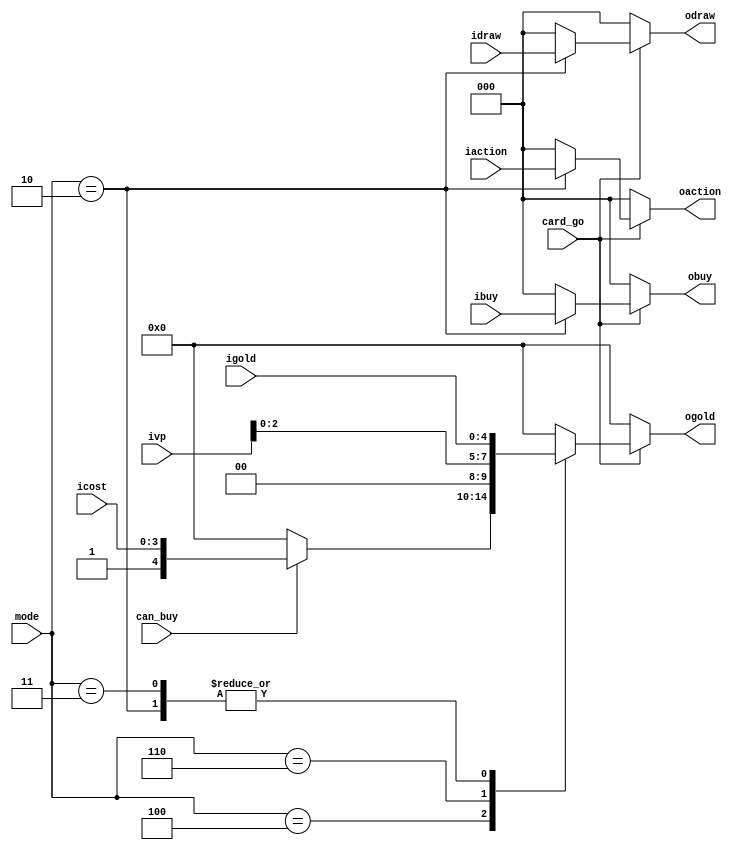
module decode_output(	
	input card_go,
	input [2:0] mode,
	input [2:0] ibuy, iaction, idraw,
	input [4:0] igold,
	input [3:0] ivp, icost,
	input can_buy,
	output reg [2:0] obuy, oaction, odraw,
	output reg [4:0] ogold//tells vp in ENDGAME mode
	);

	parameter START = 1, ACTION = 2, ACTIONEND = 3, BUY = 4, DRAW = 5, ENDGAME  = 6;

	always @(card_go) begin		
		//---------------- default data --------------------//
		obuy = 0;
		oaction = 0;
		odraw = 0;
		ogold = 0;
		//---------------- begin states --------------------//
		if(card_go == 1) begin
			case (mode) 
				BUY: begin					
					if (can_buy) begin
					 	ogold = {1,icost};
					end
				end
				ENDGAME: begin //output vp
					ogold = {ivp[3],0,ivp[2:0]};
				end
				ACTION: begin //output card stats
					obuy = ibuy;
					oaction = iaction;
					odraw = idraw;
					ogold = igold;
				end
				ACTIONEND: begin
					ogold = igold;
				end
				default: begin end
			endcase
		end
	end
endmodule